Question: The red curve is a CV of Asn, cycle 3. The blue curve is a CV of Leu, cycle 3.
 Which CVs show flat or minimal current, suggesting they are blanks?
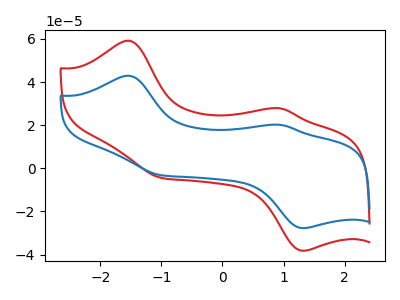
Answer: <think>The red curve "Asn, cycle 3" has anodic peaks at (-1.55V, 59.20uA) (0.95V, 27.80uA) and cathodic peaks at (1.30V, -38.20uA) (-1.00V, -4.40uA). The blue curve "Leu, cycle 3" has anodic peaks at (-1.55V, 42.95uA) (0.95V, 20.15uA) and cathodic peaks at (1.30V, -27.75uA) (-1.00V, -3.20uA).</think>
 <answer>There are not any CV's on this graph that are likely to be blanks.</answer>
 <eval>none</eval>